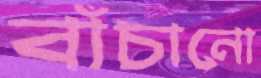
বাঁচানো